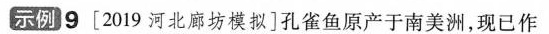
示例9\left[2019河北廊坊模拟\right]孔雀鱼原产于南美洲，现已作